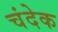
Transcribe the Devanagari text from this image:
चंदेक